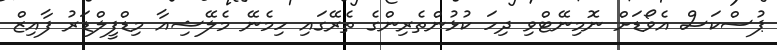
ޕުސްކަސް އެވޯޑަށް ނޮމިނޭޓްވި ދިހަ ކުޅުންތެރިންގެ ތެރޭގައި ހިމެނޭ މެލޭޝިއާ މިޑްފީލްޑަރު ފާއިޒް